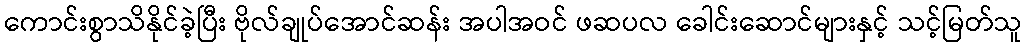
ကောင်းစွာသိနိုင်ခဲ့ပြီး ဗိုလ်ချုပ်အောင်ဆန်း အပါအဝင် ဖဆပလ ခေါင်းဆောင်များနှင့် သင့်မြတ်သူ